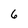
Character: 6